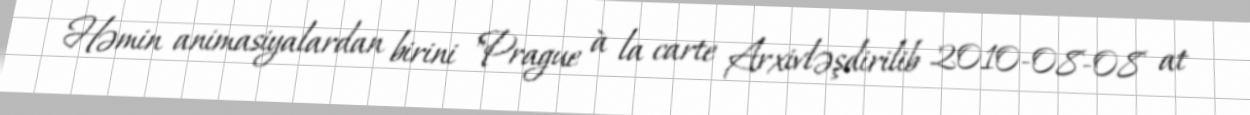
Həmin animasiyalardan birini "Prague à la carte Arxivləşdirilib 2010-08-08 at